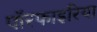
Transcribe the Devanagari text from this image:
पॉरफाइरिया